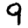
Digit: 9